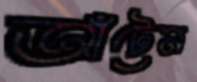
আঁটেন